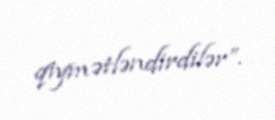
qiymətləndirdilər”.